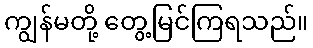
ကျွန်မတို့ တွေ့မြင်ကြရသည်။